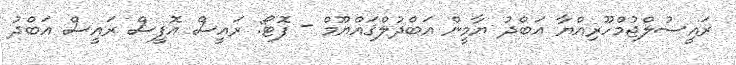
ރައީސުލްޖުމްހޫރިއްޔާ އަބްދު ޔާމީން އަބްދުލްޤައްޔޫމް - ފޮޓޯ: ރައީސް އޮފީސް ރައީސް އަބްދު